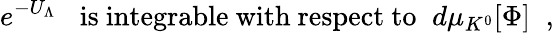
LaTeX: e^{-U_{\Lambda}}\; \; \; \mathrm{is~integrable~with~respect~to}\; \; d\mu_{K^{0}}[\Phi]\; \; ,